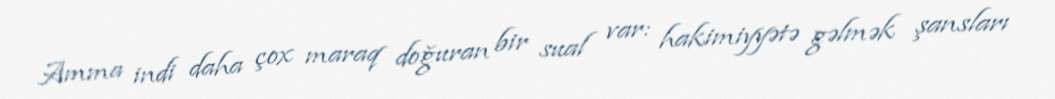
Amma indi daha çox maraq doğuran bir sual var: hakimiyyətə gəlmək şansları